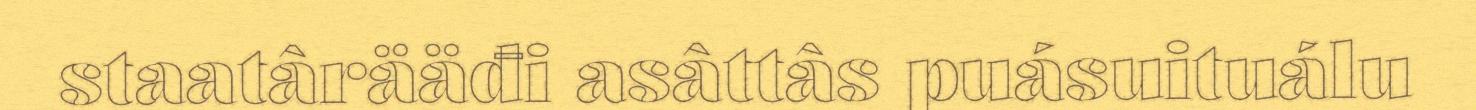
staatârääđi asâttâs puásuituálu